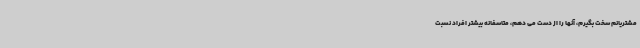
مشتریانم سخت بگیرم، آنها را از دست می دهم، متاسفانه بیشتر افراد نسبت